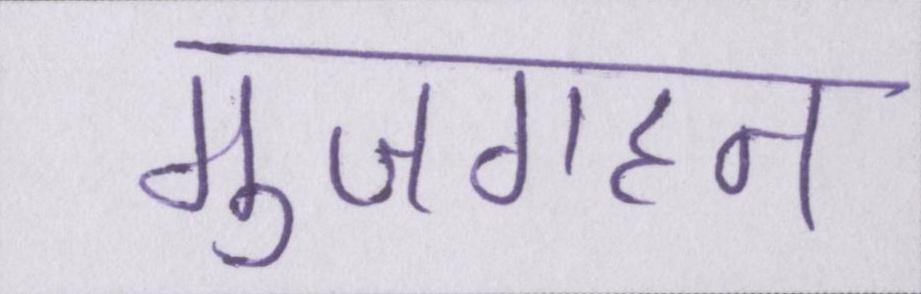
मुजगहन